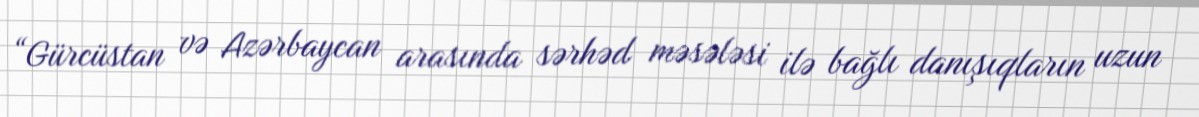
“Gürcüstan və Azərbaycan arasında sərhəd məsələsi ilə bağlı danışıqların uzun